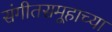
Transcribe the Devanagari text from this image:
संगीतसमूहाच्या